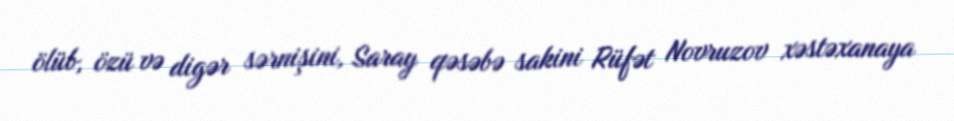
ölüb, özü və digər sərnişini, Saray qəsəbə sakini Rüfət Novruzov xəstəxanaya